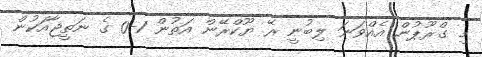
މި ގްރޫޕުން އެއްވަނަ ލިބުނީ ރޭ ޔޫކްރޭން އަތުން 1-0 ގެ ނަތީޖާއަކުން